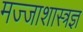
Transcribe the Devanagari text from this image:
मज्जाशास्त्रज्ञ